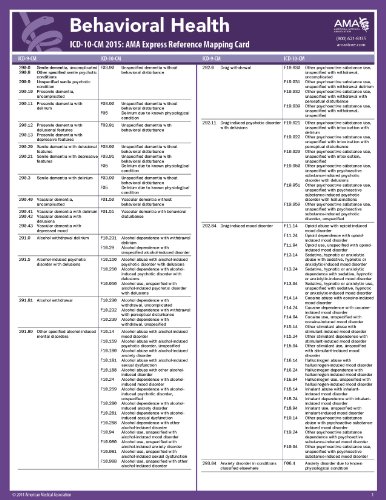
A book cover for Behavioral Health ICD-10-CM: AMA Express Reference Mapping Card; AMA; Medical Books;